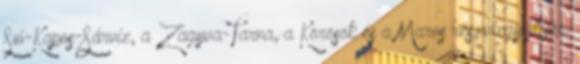
Sió-Kapos-Sárvíz, a Zagyva-Tarna, a Körösök és a Maros részvízgyűjtőjén.